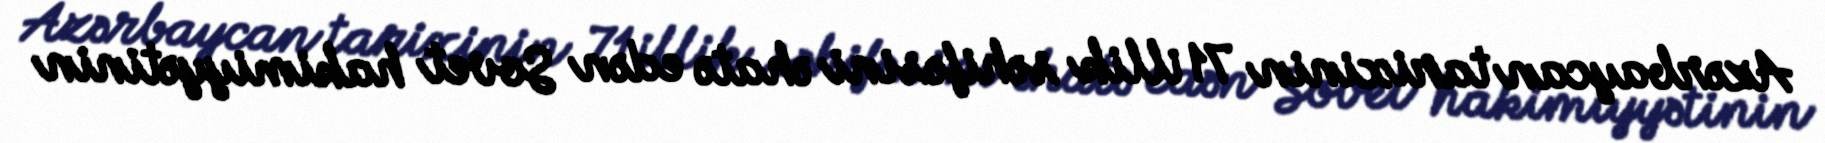
Azərbaycan tarixinin 71 illik səhifəsini əhatə edən Sovet hakimiyyətinin